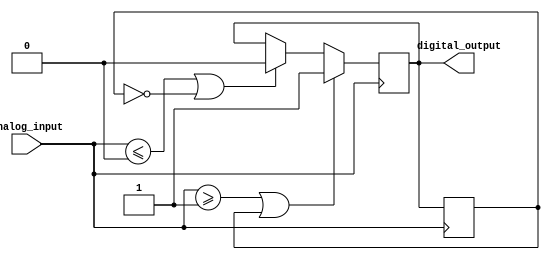
module schmitt_trigger_buffer(
    input wire analog_input,
    output reg digital_output
);

reg prev_output;

always @ (posedge analog_input)
begin
    if(analog_input >= 1'b1 || prev_output == 1'b1)
        digital_output <= 1'b1;
    else if(analog_input <= 1'b0 || prev_output == 1'b0)
        digital_output <= 1'b0;
    
    prev_output <= digital_output;
end

endmodule